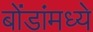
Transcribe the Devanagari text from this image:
बोंडांमध्ये